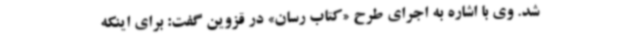
شد. وی با اشاره به اجرای طرح «کتاب رسان» در قزوین گفت: برای اینکه